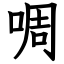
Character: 啁